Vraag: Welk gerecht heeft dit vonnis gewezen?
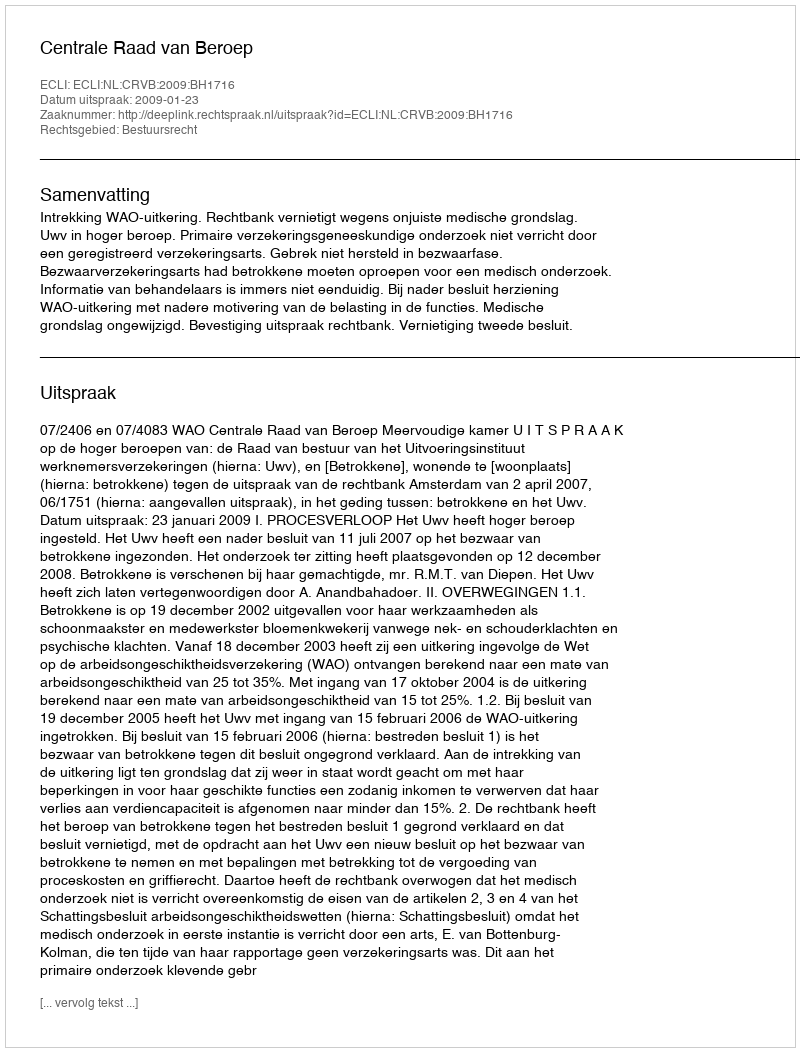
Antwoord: Centrale Raad van Beroep